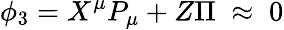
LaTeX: {}\phi_{3}=X^{\mu}P_{\mu}+Z\Pi\; \approx\; 0